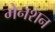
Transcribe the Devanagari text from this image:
मेनशन